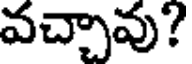
వచ్చావు?